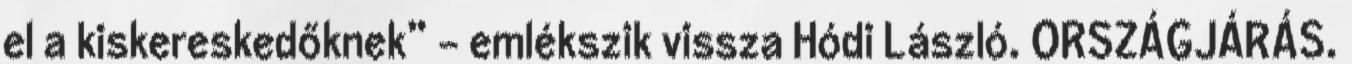
el a kiskereskedőknek” – emlékszik vissza Hódi László. ORSZÁGJÁRÁS.